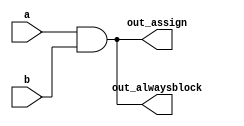
// synthesis verilog_input_version verilog_2001
module top_module(
    input a, 
    input b,
    output wire out_assign,
    output reg out_alwaysblock
);

    assign out_assign=a&b;
    always @(*) begin
        out_alwaysblock=a&b;
    end
    
endmodule